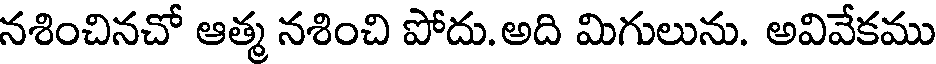
నశించినచో ఆత్మ నశించి పోదు. అది మిగులును. అవివేకము